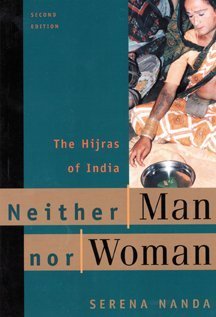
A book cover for Neither Man Nor Woman: The Hijras of India; Serena Nanda; Gay & Lesbian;